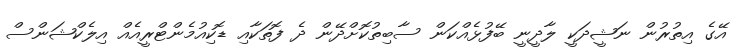
އޭގެ އިތުރުން ނަޝީދަކީ ލާދީނީ ބޭފުޅެއްކަން ސާބިތުކޮށްދޭން ދެ ފޮތަކާއި ޑޮކިއުމެންޓްރީއެއް އިލެކްޝަންސް